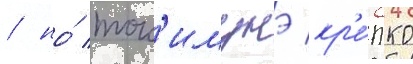
/ но́ ток'имунэ кр'е́пко